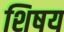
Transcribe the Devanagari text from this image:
शिषय